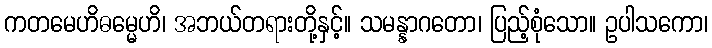
ကတမေဟိဓမ္မေဟိ၊ အဘယ်တရားတို့နှင့်။ သမန္နာဂတော၊ ပြည့်စုံသော။ ဥပါသကော၊